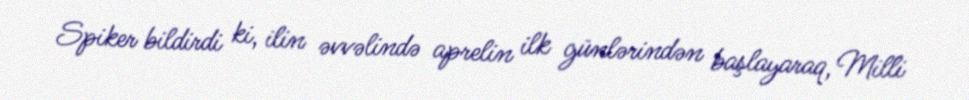
Spiker bildirdi ki, ilin əvvəlində aprelin ilk günlərindən başlayaraq, Milli